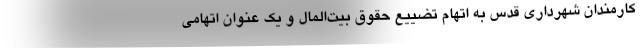
کارمندان شهرداری قدس به اتهام تضییع حقوق بیت‌المال و یک عنوان اتهامی